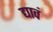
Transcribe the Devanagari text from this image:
द्यावं